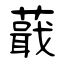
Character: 蕺